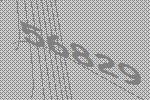
56829